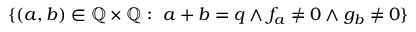
\{ ( a , b ) \in \mathbb { Q } \times \mathbb { Q } : \ a + b = q \wedge f _ { a } \neq 0 \wedge g _ { b } \neq 0 \}